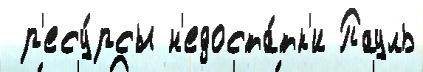
 р'есу́рсы н'едоста́тк'и Пауль